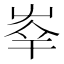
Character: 𡴖